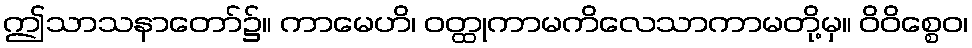
ဤသာသနာတော်၌။ ကာမေဟိ၊ ဝတ္ထုကာမကိလေသာကာမတို့မှ။ ဝိဝိစ္စေဝ၊